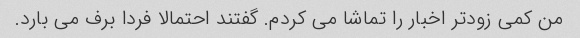
من کمی زودتر اخبار را تماشا می کردم. گفتند احتمالا فردا برف می بارد.